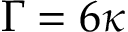
\Gamma = 6 \kappa